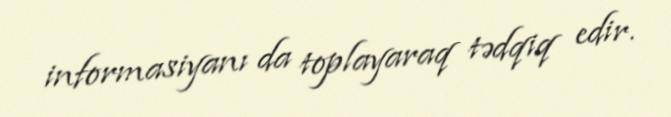
informasiyanı da toplayaraq tədqiq edir.